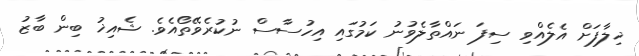
ޚިލާފަށް އެލެއްވި ސިފަ ނައްތާލެވުނު ކަމުގައި އިހުސާސް ނުކުރެވޭތޯއެވެ. ޝެއިޚު ބިން ބާޒު